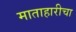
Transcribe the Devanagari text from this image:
माताहारीचा